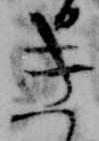
き